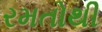
રમતોથી